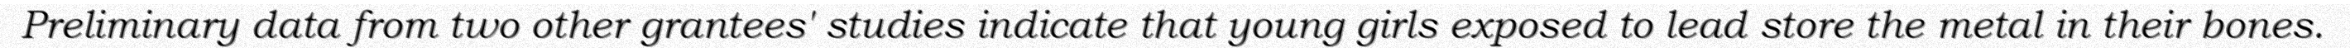
Preliminary data from two other grantees' studies indicate that young girls exposed to lead store the metal in their bones.